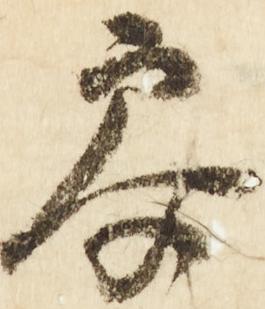
参